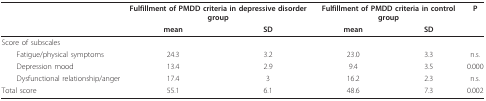
<table><thead><tr><td></td><td colspan="2"><b>Fulfillment of PMDD criteria in depressive disorder group</b></td><td colspan="2"><b>Fulfillment of PMDD criteria in control group</b></td><td><b>P</b></td></tr><tr><td></td><td><b>mean</b></td><td><b>SD</b></td><td><b>mean</b></td><td><b>SD</b></td><td></td></tr></thead><tbody><tr><td>Score of subscales</td><td></td><td></td><td></td><td></td><td></td></tr><tr><td> Fatigue/physical symptoms</td><td>24.3</td><td>3.2</td><td>23.0</td><td>3.3</td><td>n.s.</td></tr><tr><td> Depression mood</td><td>13.4</td><td>2.9</td><td>9.4</td><td>3.5</td><td>0.000</td></tr><tr><td> Dysfunctional relationship/anger</td><td>17.4</td><td>3</td><td>16.2</td><td>2.3</td><td>n.s.</td></tr><tr><td>Total score</td><td>55.1</td><td>6.1</td><td>48.6</td><td>7.3</td><td>0.002</td></tr></tbody></table>